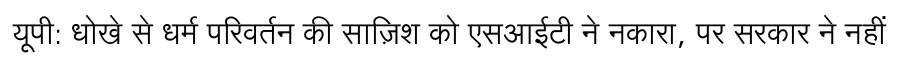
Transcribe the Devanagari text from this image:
यूपी: धोखे से धर्म परिवर्तन की साज़िश को एसआईटी ने नकारा, पर सरकार ने नहीं